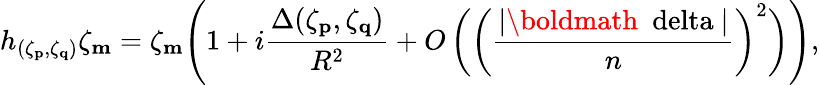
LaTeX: h_{(\zeta_{\mathbf p},\zeta_{\mathbf q})}\zeta_{\mathbf m}=\zeta_{\mathbf m}\Biggl(1+i\frac{\Delta(\zeta_{\mathbf p},\zeta_{\mathbf q})}{R^{2}}+O\left(\biggl(\frac{|\mathrm{\boldmath~\ delta~}|}{n}\biggr)^{2}\right)\Biggr),